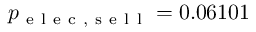
p _ { \mathrm { ~ e ~ l ~ e ~ c ~ , ~ s ~ e ~ l ~ l ~ } } = 0 . 0 6 1 0 1